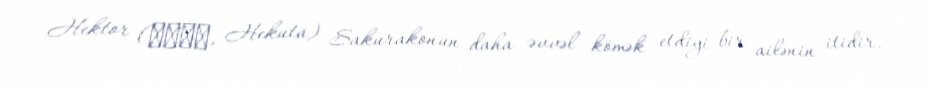
Hektor (へクター, Hekutā) Sakurakonun daha əvvəl kömək etdiyi bir ailənin itidir.